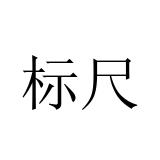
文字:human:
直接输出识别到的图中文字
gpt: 标尺